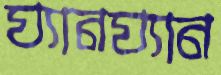
ঘ্যানঘ্যান